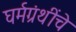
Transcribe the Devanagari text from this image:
घर्मग्रंथींचे